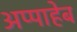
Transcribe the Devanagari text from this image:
अप्पाहेब